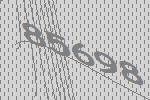
85698